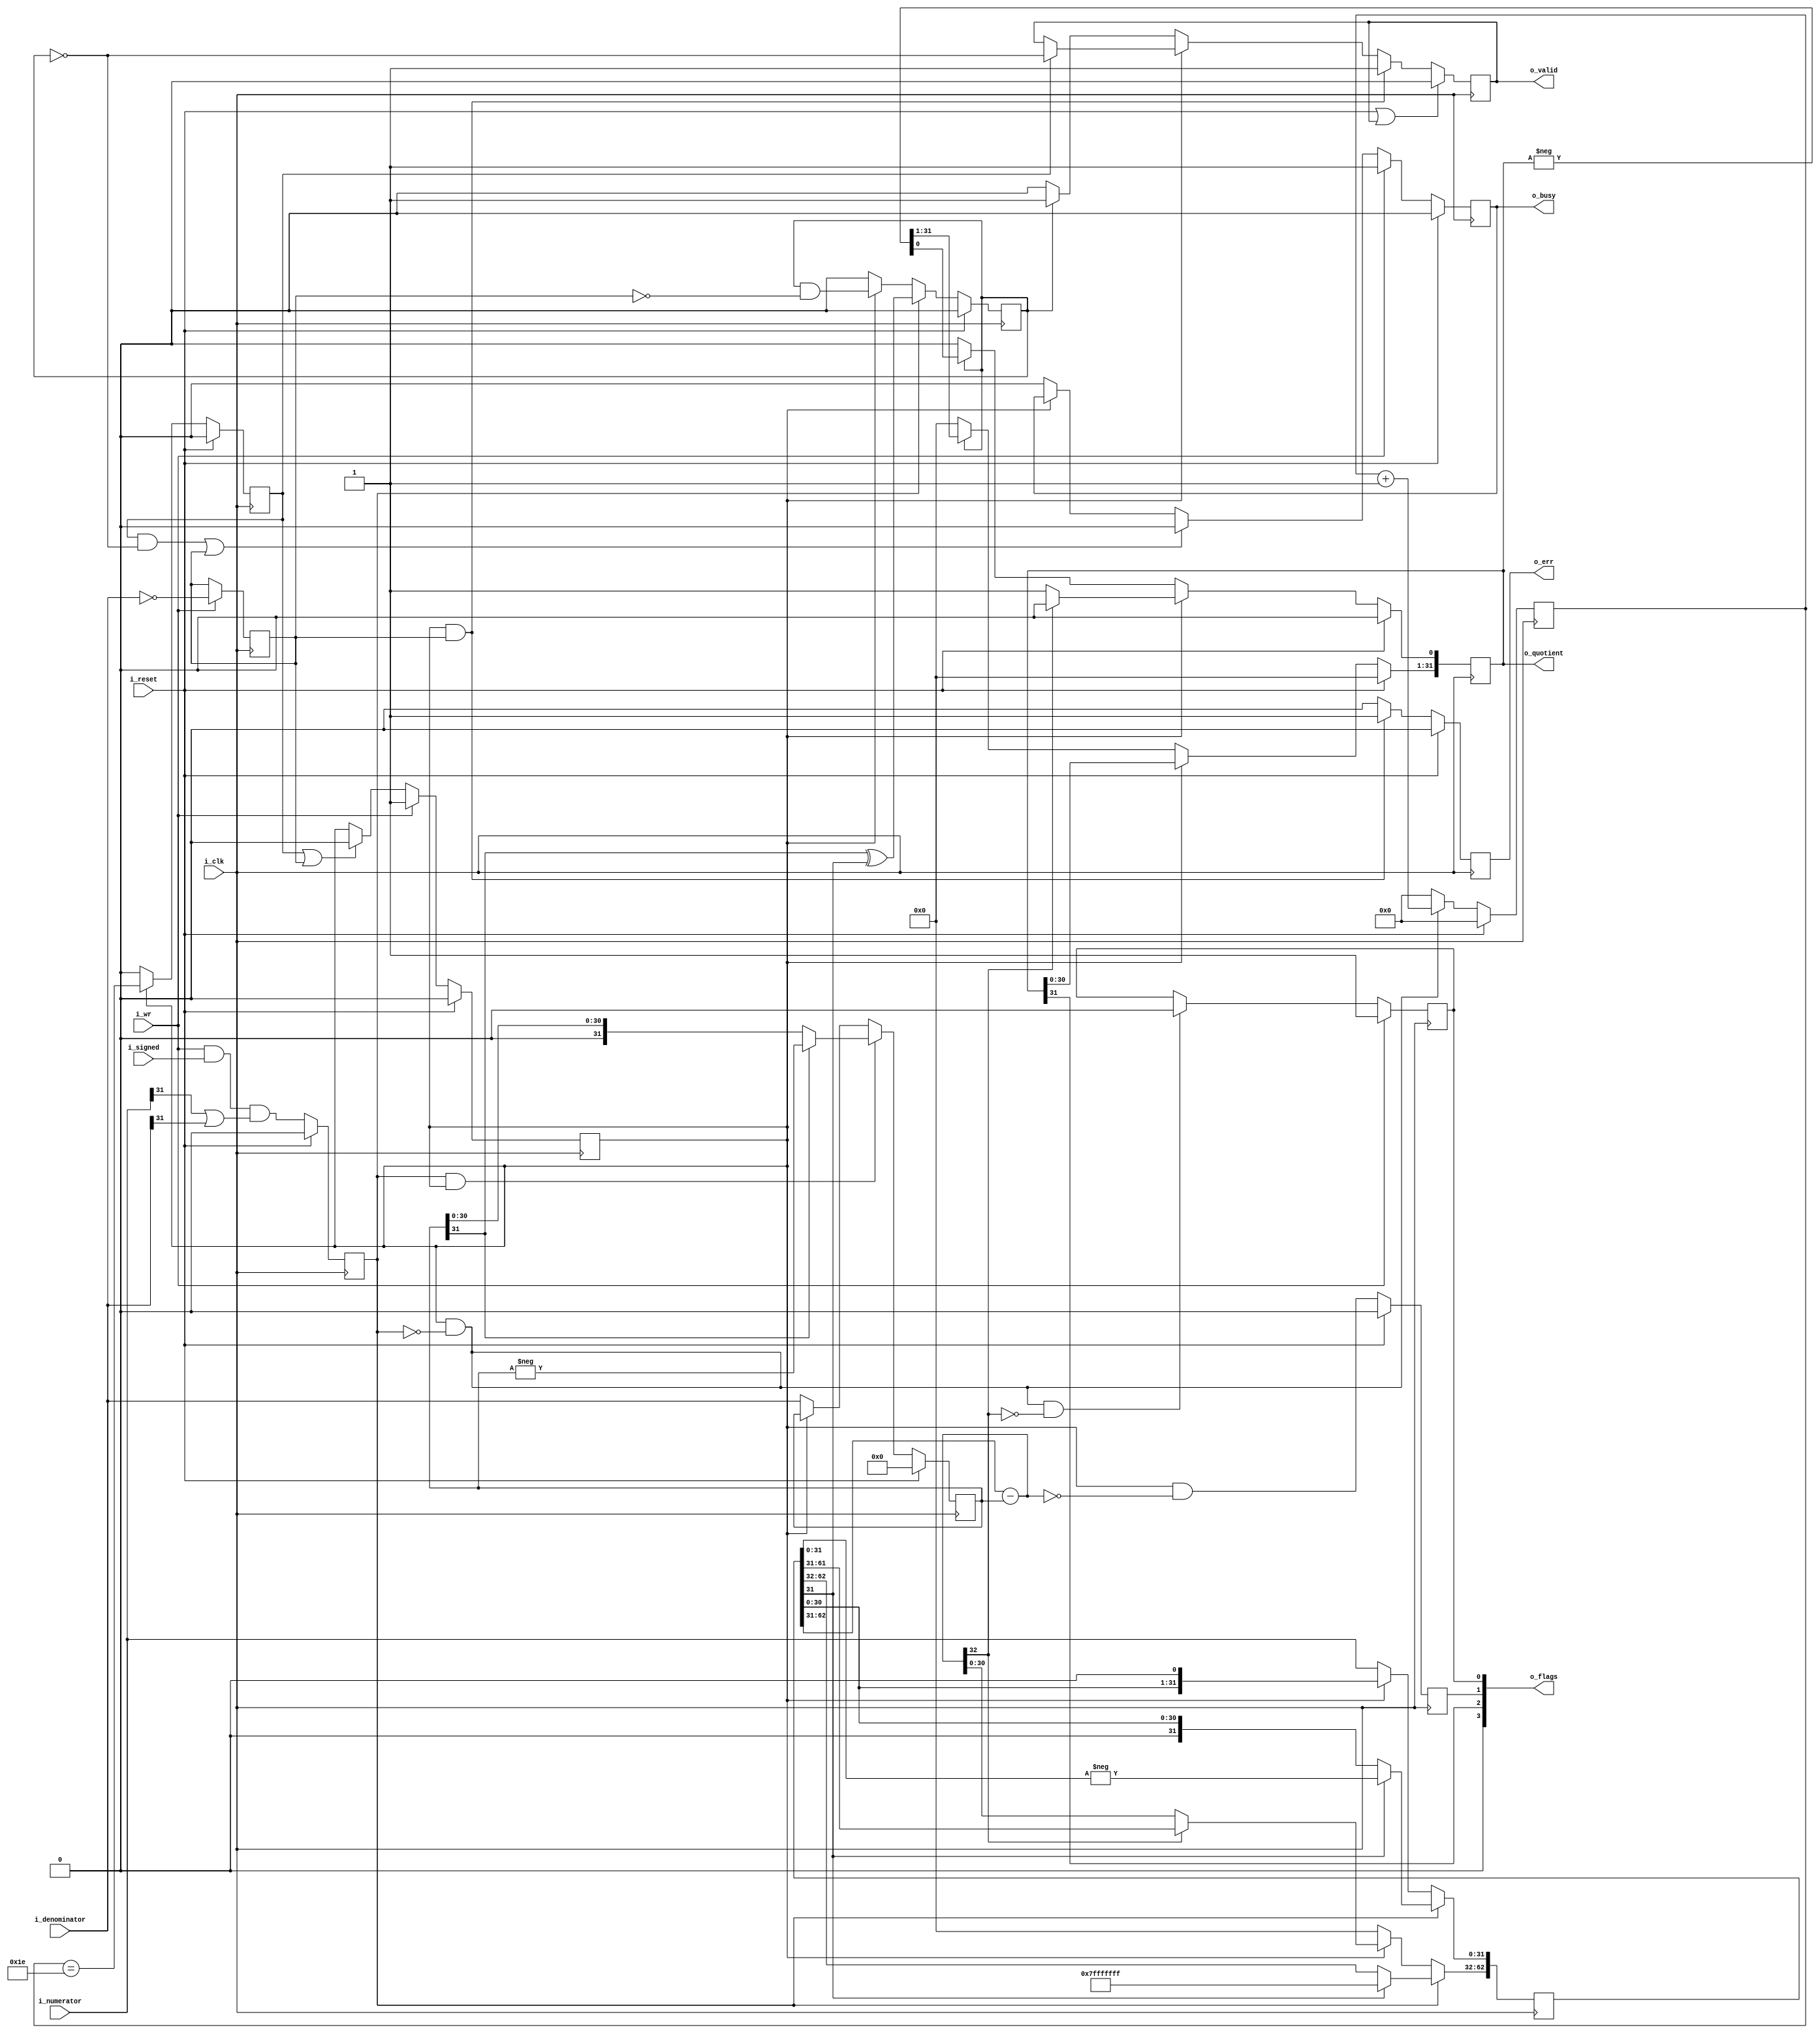
////////////////////////////////////////////////////////////////////////////////
//
//
// Project:	Zip CPU -- a small, lightweight, RISC CPU soft core
//
// Purpose:	Provide an Integer divide capability to the Zip CPU.  Provides
//		for both signed and unsigned divide.
//
// Steps:
//	i_reset	The DIVide unit starts in idle.  It can also be placed into an
//	idle by asserting the reset input.
//
//	i_wr	When i_reset is asserted, a divide begins.  On the next clock:
//
//	  o_busy is set high so everyone else knows we are at work and they can
//		wait for us to complete.
//
//	  pre_sign is set to true if we need to do a signed divide.  In this
//		case, we take a clock cycle to turn the divide into an unsigned
//		divide.
//
//	  o_quotient, a place to store our result, is initialized to all zeros.
//
//	  r_dividend is set to the numerator
//
//	  r_divisor is set to 2^31 * the denominator (shift left by 31, or add
//		31 zeros to the right of the number.
//
//	pre_sign When true (clock cycle after i_wr), a clock cycle is used
//		to take the absolute value of the various arguments (r_dividend
//		and r_divisor), and to calculate what sign the output result
//		should be.
//
//
//	At this point, the divide is has started.  The divide works by walking
//	through every shift of the
//
//		    DIVIDEND	over the
//		DIVISOR
//
//	If the DIVISOR is bigger than the dividend, the divisor is shifted
//	right, and nothing is done to the output quotient.
//
//		    DIVIDEND
//		 DIVISOR
//
//	This repeats, until DIVISOR is less than or equal to the divident, as in
//
//		DIVIDEND
//		DIVISOR
//
//	At this point, if the DIVISOR is less than the dividend, the
//	divisor is subtracted from the dividend, and the DIVISOR is again
//	shifted to the right.  Further, a '1' bit gets set in the output
//	quotient.
//
//	Once we've done this for 32 clocks, we've accumulated our answer into
//	the output quotient, and we can proceed to the next step.  If the
//	result will be signed, the next step negates the quotient, otherwise
//	it returns the result.
//
//	On the clock when we are done, o_busy is set to false, and o_valid set
//	to true.  (It is a violation of the ZipCPU internal protocol for both
//	busy and valid to ever be true on the same clock.  It is also a
//	violation for busy to be false with valid true thereafter.)
//
//
// Creator:	Dan Gisselquist, Ph.D.
//		Gisselquist Technology, LLC
//
////////////////////////////////////////////////////////////////////////////////
//
// Copyright (C) 2015-2019, Gisselquist Technology, LLC
//
// This program is free software (firmware): you can redistribute it and/or
// modify it under the terms of  the GNU General Public License as published
// by the Free Software Foundation, either version 3 of the License, or (at
// your option) any later version.
//
// This program is distributed in the hope that it will be useful, but WITHOUT
// ANY WARRANTY; without even the implied warranty of MERCHANTIBILITY or
// FITNESS FOR A PARTICULAR PURPOSE.  See the GNU General Public License
// for more details.
//
// You should have received a copy of the GNU General Public License along
// with this program.  (It's in the $(ROOT)/doc directory.  Run make with no
// target there if the PDF file isn't present.)  If not, see
// <http://www.gnu.org/licenses/> for a copy.
//
// License:	GPL, v3, as defined and found on www.gnu.org,
//		http://www.gnu.org/licenses/gpl.html
//
//
////////////////////////////////////////////////////////////////////////////////
//
//
`default_nettype	none
//
// `include "cpudefs.v"
//
module	div(i_clk, i_reset, i_wr, i_signed, i_numerator, i_denominator,
		o_busy, o_valid, o_err, o_quotient, o_flags);
	parameter		BW=32, LGBW = 5;
	input	wire		i_clk, i_reset;
	// Input parameters
	input	wire		i_wr, i_signed;
	input	wire [(BW-1):0]	i_numerator, i_denominator;
	// Output parameters
	output	reg		o_busy, o_valid, o_err;
	output	reg [(BW-1):0]	o_quotient;
	output	wire	[3:0]	o_flags;

	// r_busy is an internal busy register.  It will clear one clock
	// before we are valid, so it can't be o_busy ...
	//
	reg			r_busy;
	reg	[BW-1:0]	r_divisor;
	reg	[(2*BW-2):0]	r_dividend;
	wire	[(BW):0]	diff; // , xdiff[(BW-1):0];
	assign	diff = r_dividend[2*BW-2:BW-1] - r_divisor;

	reg		r_sign, pre_sign, r_z, r_c, last_bit;
	reg	[(LGBW-1):0]	r_bit;
	reg	zero_divisor;

	// The Divide logic begins with r_busy.  We use r_busy to determine
	// whether or not the divide is in progress, vs being complete.
	// Here, we clear r_busy on any reset and set it on i_wr (the request
	// do to a divide).  The divide ends when we are on the last bit,
	// or equivalently when we discover we are dividing by zero.
	initial	r_busy = 1'b0;
	always @(posedge i_clk)
	if (i_reset)
		r_busy <= 1'b0;
	else if (i_wr)
		r_busy <= 1'b1;
	else if ((last_bit)||(zero_divisor))
		r_busy <= 1'b0;

	// o_busy is very similar to r_busy, save for some key differences.
	// Primary among them is that o_busy needs to (possibly) be true
	// for an extra clock after r_busy clears.  This would be that extra
	// clock where we negate the result (assuming a signed divide, and that
	// the result is supposed to be negative.)  Otherwise, the two are
	// identical.
	initial	o_busy = 1'b0;
	always @(posedge i_clk)
	if (i_reset)
		o_busy <= 1'b0;
	else if (i_wr)
		o_busy <= 1'b1;
	else if (((last_bit)&&(!r_sign))||(zero_divisor))
		o_busy <= 1'b0;
	else if (!r_busy)
		o_busy <= 1'b0;

	always @(posedge i_clk)
	if (i_wr)
		zero_divisor <= (i_denominator == 0);

	// o_valid is part of the ZipCPU protocol.  It will be set to true
	// anytime our answer is valid and may be used by the calling module.
	// Indeed, the ZipCPU will halt (and ignore us) once the i_wr has been
	// set until o_valid gets set.
	//
	// Here, we clear o_valid on a reset, and any time we are on the last
	// bit while busy (provided the sign is zero, or we are dividing by
	// zero).  Since o_valid is self-clearing, we don't need to clear
	// it on an i_wr signal.
	initial	o_valid = 1'b0;
	always @(posedge i_clk)
	if ((i_reset)||(o_valid))
		o_valid <= 1'b0;
	else if ((r_busy)&&(zero_divisor))
		o_valid <= 1'b1;
	else if (r_busy)
	begin
		if (last_bit)
			o_valid <= (!r_sign);
	end else if (r_sign)
	begin
		o_valid <= 1'b1;
	end else
		o_valid <= 1'b0;

	// Division by zero error reporting.  Anytime we detect a zero divisor,
	// we set our output error, and then hold it until we are valid and
	// everything clears.
	initial	o_err = 1'b0;
	always @(posedge i_clk)
	if (i_reset)
		o_err <= 1'b0;
	else if ((r_busy)&&(zero_divisor))
		o_err <= 1'b1;
	else
		o_err <= 1'b0;

	// r_bit
	//
	// Keep track of which "bit" of our divide we are on.  This number
	// ranges from 31 down to zero.  On any write, we set ourselves to
	// 5'h1f.  Otherwise, while we are busy (but not within the pre-sign
	// adjustment stage), we subtract one from our value on every clock.
	initial	r_bit = 0;
	always @(posedge i_clk)
	if (i_reset)
		r_bit <= 0;
	else if ((r_busy)&&(!pre_sign))
		r_bit <= r_bit + 1'b1;
	else
		r_bit <= 0;

	// last_bit
	//
	// This logic replaces a lot of logic that was inside our giant state
	// machine with ... something simpler.  In particular, we'll use this
	// logic to determine if we are processing our last bit.  The only trick
	// is, this bit needs to be set whenever (r_busy) and (r_bit == -1),
	// hence we need to set on (r_busy) and (r_bit == -2) so as to be set
	// when (r_bit == 0).
	initial	last_bit = 1'b0;
	always @(posedge i_clk)
	if (i_reset)
		last_bit <= 1'b0;
	else if (r_busy)
		last_bit <= (r_bit == {(LGBW){1'b1}}-1'b1);
	else
		last_bit <= 1'b0;

	// pre_sign
	//
	// This is part of the state machine.  pre_sign indicates that we need
	// a extra clock to take the absolute value of our inputs.  It need only
	// be true for the one clock, and then it must clear itself.
	initial	pre_sign = 1'b0;
	always @(posedge i_clk)
	if (i_reset)
		pre_sign <= 1'b0;
	else
		pre_sign <= (i_wr)&&(i_signed)&&((i_numerator[BW-1])||(i_denominator[BW-1]));

	// As a result of our operation, we need to set the flags.  The most
	// difficult of these is the "Z" flag indicating that the result is
	// zero.  Here, we'll use the same logic that sets the low-order
	// bit to clear our zero flag, and leave the zero flag set in all
	// other cases.
	always @(posedge i_clk)
	if (i_wr)
		r_z <= 1'b1;
	else if ((r_busy)&&(!pre_sign)&&(!diff[BW]))
		r_z <= 1'b0;

	// r_dividend
	// This is initially the numerator.  On a signed divide, it then becomes
	// the absolute value of the numerator.  We'll subtract from this value
	// the divisor for every output bit we are looking for--just as with
	// traditional long division.
	always @(posedge i_clk)
	if (pre_sign)
	begin
		// If we are doing a signed divide, then take the
		// absolute value of the dividend
		if (r_dividend[BW-1])
		begin
			r_dividend[2*BW-2:0] <= {(2*BW-1){1'b1}};
			r_dividend[BW-1:0] <= -r_dividend[BW-1:0];
		end
	end else if (r_busy)
	begin
		r_dividend <= { r_dividend[2*BW-3:0], 1'b0 };
		if (!diff[BW])
			r_dividend[2*BW-2:BW] <= diff[(BW-2):0];
	end else if (!r_busy)
		// Once we are done, and r_busy is no longer high, we'll
		// always accept new values into our dividend.  This
		// guarantees that, when i_wr is set, the new value
		// is already set as desired.
		r_dividend <=  { 31'h0, i_numerator };

	initial	r_divisor = 0;
	always @(posedge i_clk)
	if (i_reset)
		r_divisor <= 0;
	else if ((pre_sign)&&(r_busy))
	begin
		if (r_divisor[BW-1])
			r_divisor <= -r_divisor;
	end else if (!r_busy)
		r_divisor <= i_denominator;

	// r_sign
	// is a flag for our state machine control(s).  r_sign will be set to
	// true any time we are doing a signed divide and the result must be
	// negative.  In that case, we take a final logic stage at the end of
	// the divide to negate the output.  This flag is what tells us we need
	// to do that.  r_busy will be true during the divide, then when r_busy
	// goes low, r_sign will be checked, then the idle/reset stage will have
	// been reached.  For this reason, we cannot set r_sign unless we are
	// up to something.
	initial	r_sign = 1'b0;
	always @(posedge i_clk)
	if (i_reset)
		r_sign <= 1'b0;
	else if (pre_sign)
		r_sign <= ((r_divisor[(BW-1)])^(r_dividend[(BW-1)]));
	else if (r_busy)
		r_sign <= (r_sign)&&(!zero_divisor);
	else
		r_sign <= 1'b0;

	initial	o_quotient = 0;
	always @(posedge i_clk)
	if (i_reset)
		o_quotient <= 0;
	else if (r_busy)
	begin
		o_quotient <= { o_quotient[(BW-2):0], 1'b0 };
		if (!diff[BW])
			o_quotient[0] <= 1'b1;
	end else if (r_sign)
		o_quotient <= -o_quotient;
	else
		o_quotient <= 0;

	// Set Carry on an exact divide
	// Perhaps nothing uses this, but ... well, I suppose we could remove
	// this logic eventually, just ... not yet.
	initial	r_c = 1'b0;
	always @(posedge i_clk)
	if (i_reset)
		r_c <= 1'b0;
	else
		r_c <= (r_busy)&&(diff == 0);

	// The last flag: Negative.  This flag is set assuming that the result
	// of the divide was negative (i.e., the high order bit is set).  This
	// will also be true of an unsigned divide--if the high order bit is
	// ever set upon completion.  Indeed, you might argue that there's no
	// logic involved.
	wire	w_n;
	assign w_n = o_quotient[(BW-1)];

	assign o_flags = { 1'b0, w_n, r_c, r_z };

`ifdef	FORMAL
// Formal properties for this module are maintained elsewhere
`endif
endmodule